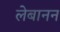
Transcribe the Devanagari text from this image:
लेबानन